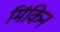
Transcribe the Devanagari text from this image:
मिंकिन